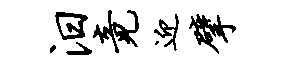
汨竟迎擘